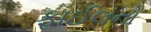
ફાઈલનો